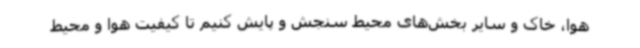
هوا، خاک و سایر بخش‌های محیط سنجش و پایش کنیم تا کیفیت هوا و محیط